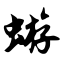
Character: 蝣